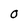
Character: O